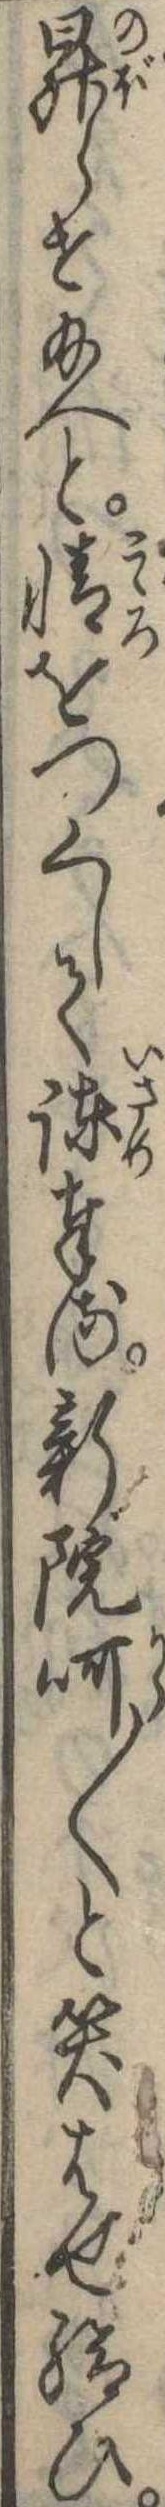
昇らせ給へと情をつくして諌奉る新院呵〱と笑はせ給ひ